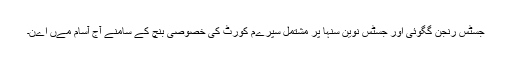
جسٹس رنجن گگوئی اور جسٹس نوین سنہا پر مشتمل سپرےم کورٹ کی خصوصی بنچ کے سامنے آج آسام مےں اےن۔